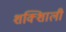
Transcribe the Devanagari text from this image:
शक्शिाली